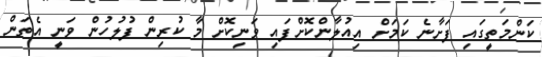
ކަންމަތީގައި ފަށާނެ ކަމަށް އިއުލާންކޮށްފައި ވަނިކޮށް މާ ކުރިން ފުލުހުން ވަނީ އެތަން